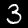
Digit: 3